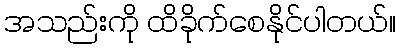
အသည်းကို ထိခိုက်စေနိုင်ပါတယ်။